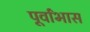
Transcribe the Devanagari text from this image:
पूर्वांभास